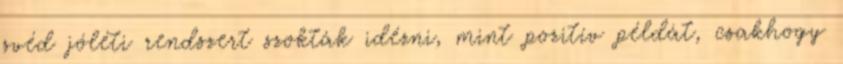
svéd jóléti rendszert szokták idézni, mint pozitív példát, csakhogy